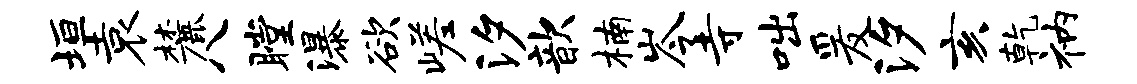
垣袁麓八瞠瀑欲嵯汐歆楠岑寺咄爰汐亥乾衲